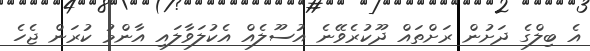
އެ ބިލްގެ ދަށުން ރަށްތައް ދޫކުރެވޭނެ އުސޫލެއް އެކުލަވާލައި އާންމު ކުރަން ޖެހެ